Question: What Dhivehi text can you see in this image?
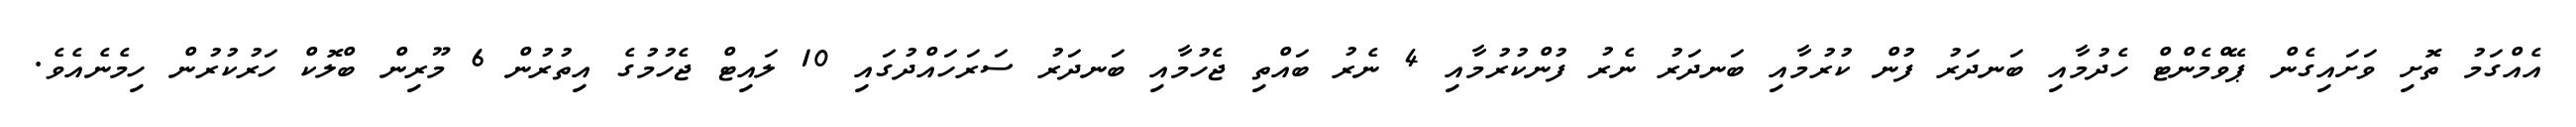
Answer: އެއްގަމު ތޮށި ވަށައިގެން ޕޭވްމެންޓް ހެދުމާއި ބަނދަރު ފުން ކުރުމާއި ބަނދަރު ނެރު ފުންކުރުމާއި 4 ނެރު ބައްތި ޖެހުމާއި ބަނދަރު ސަރަހައްދުގައި 10 ލައިޓް ޖެހުމުގެ އިތުރުން 6 މޫރިން ބްލޮކް ހަރުކުރުން ހިމެނެއެވެ.